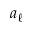
a _ { \ell }